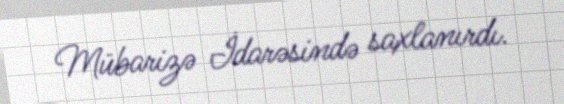
Mübarizə İdarəsində saxlanırdı.